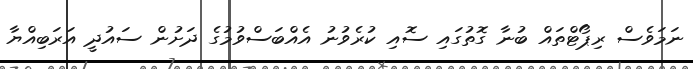
ނަމަވެސް ރިޕޯޓްތައް ބުނާ ގޮތުގައި ސޮއި ކުރެވުނު އެއްބަސްވުމުގެ ދަށުން ސައުދީ އަރަބިއްޔާ